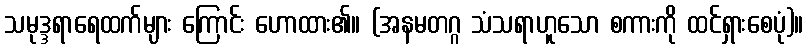
သမုဒ္ဒရာရေထက်များ ကြောင်း ဟောထား၏။ (အနမတဂ္ဂ သံသရာဟူသော စကားကို ထင်ရှားစေပုံ)။